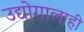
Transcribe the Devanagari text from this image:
उद्योगालाही